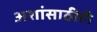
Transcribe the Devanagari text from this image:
अशांसाठीही